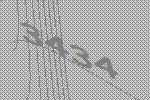
3434